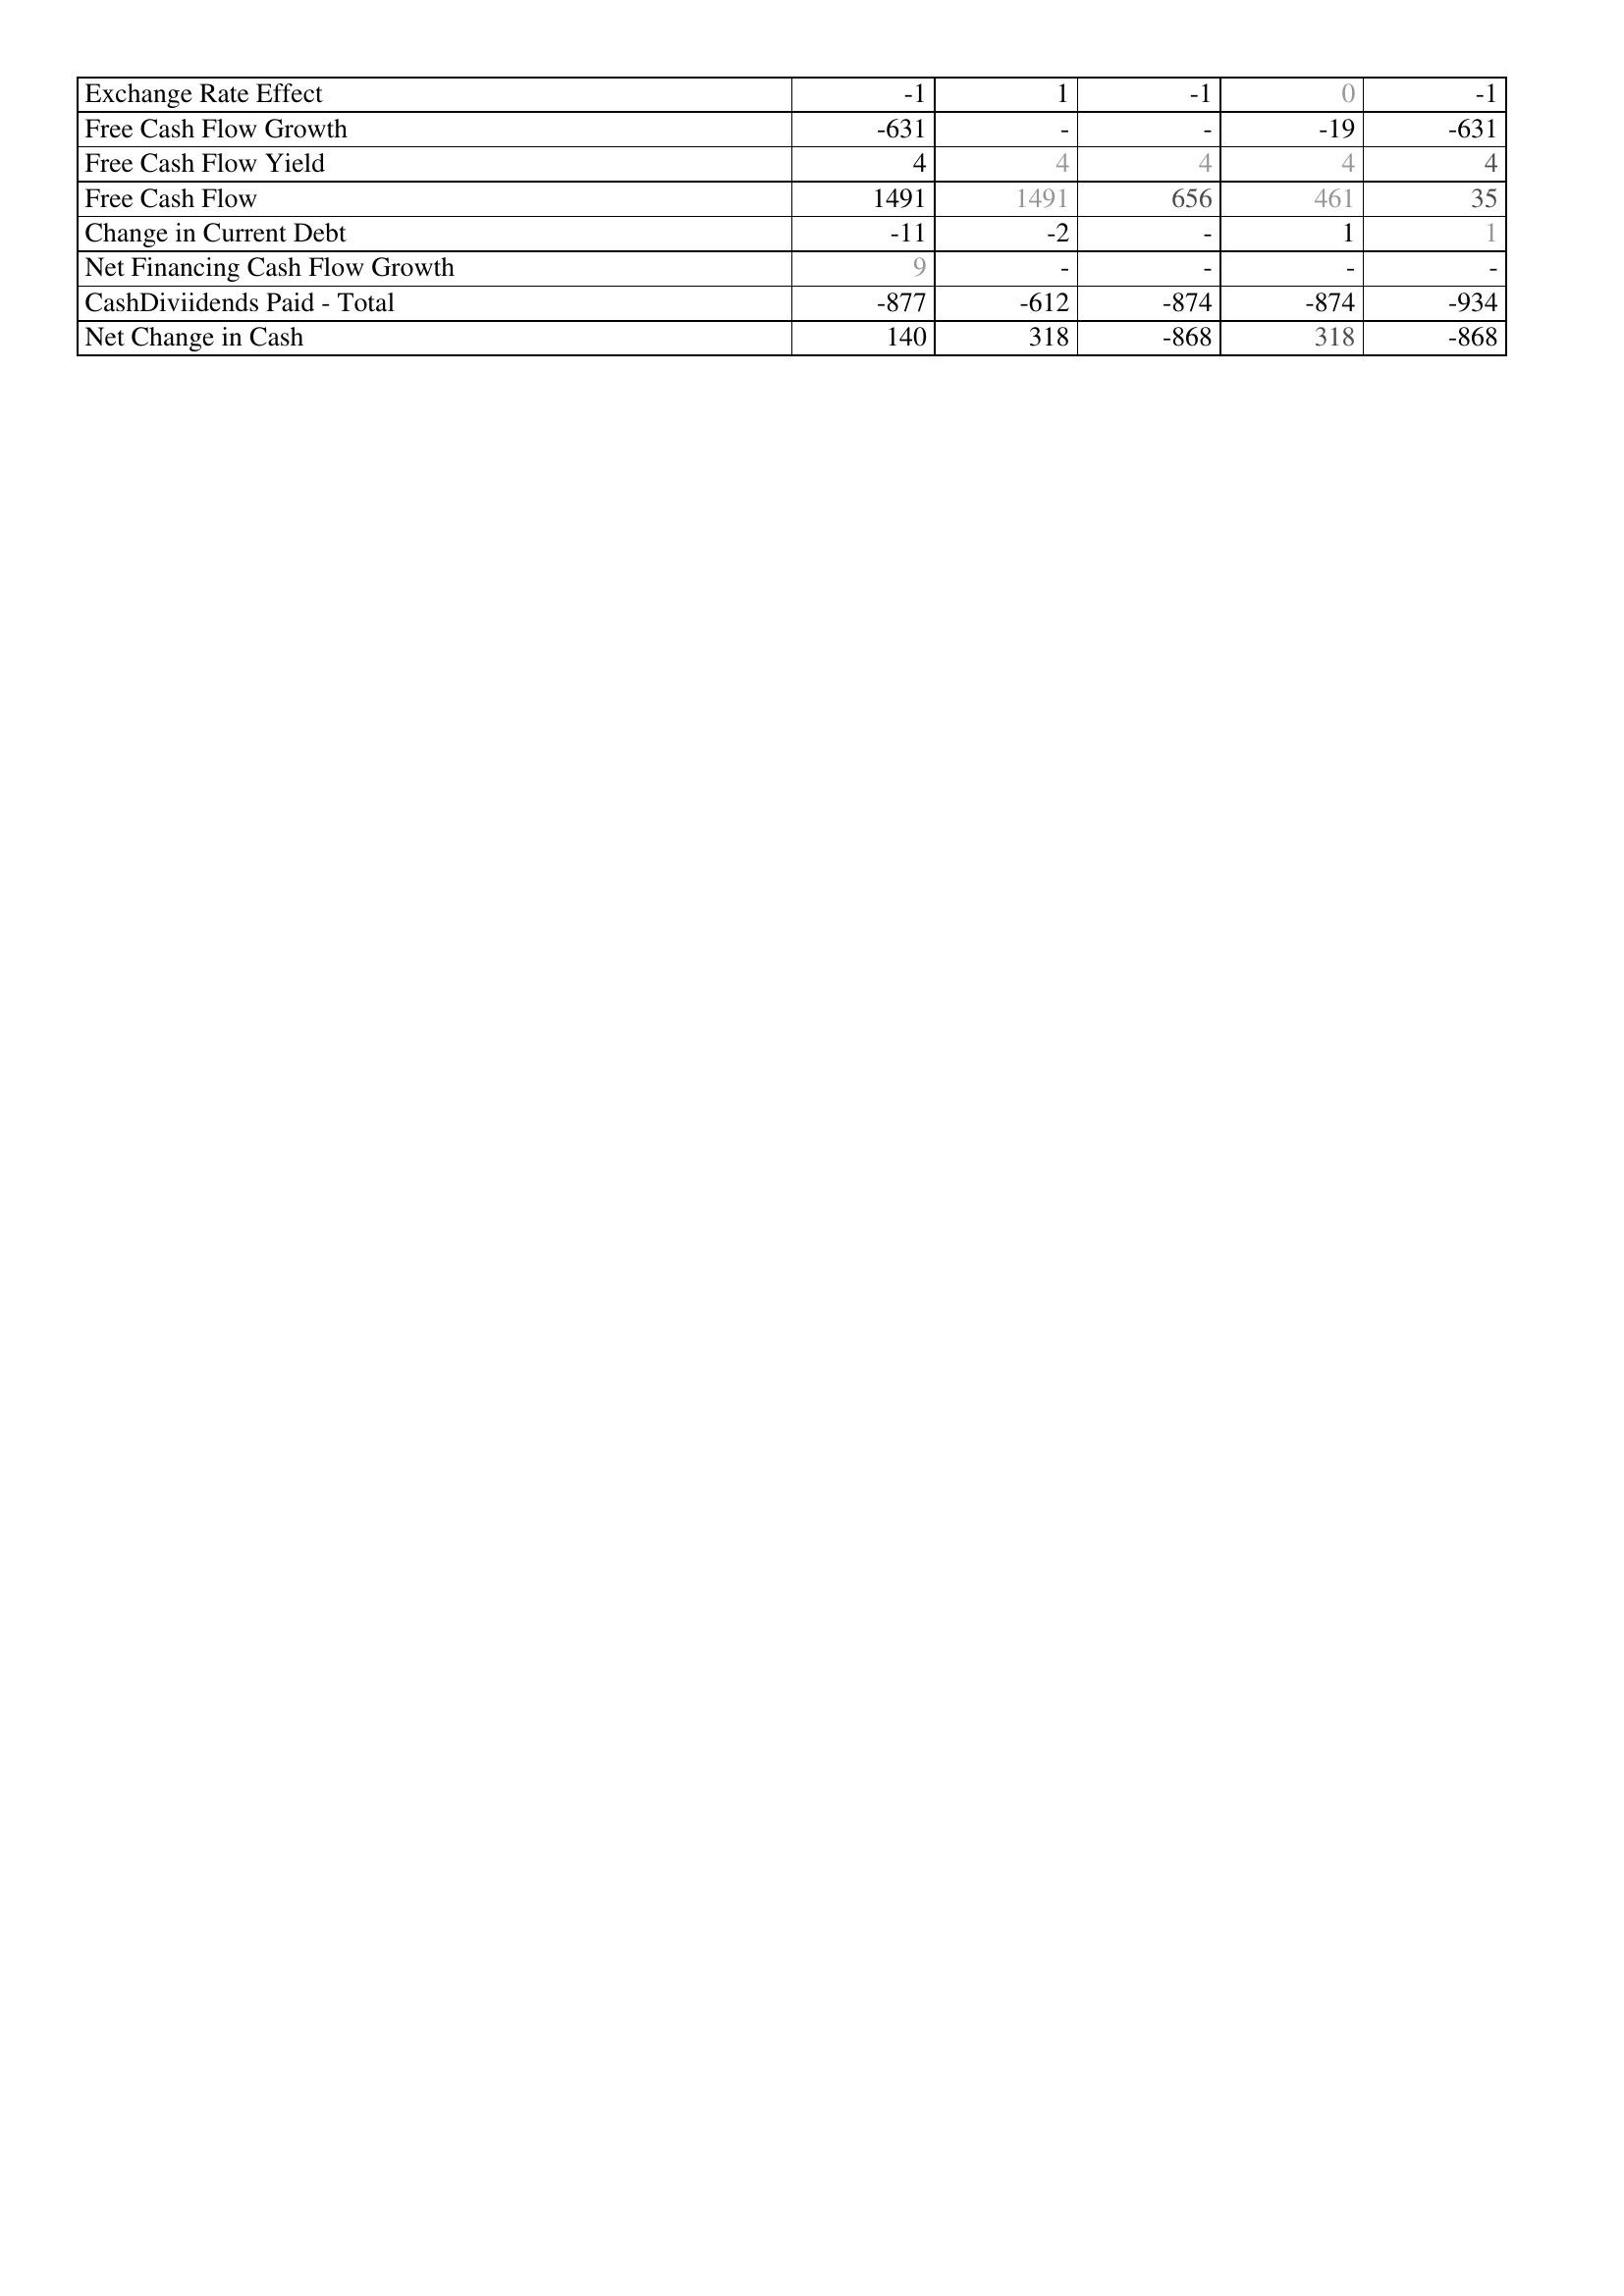
2003: Financing Activities: Exchange Rate Effect: -1
Free Cash Flow Growth: -631
Free Cash Flow Yield: 4
Free Cash Flow: 1491
Change in Current Debt: -11
Net Financing Cash Flow Growth: 9
CashDiviidends Paid - Total: -877
Net Change in Cash: 140
2002: Financing Activities: Exchange Rate Effect: 1
Free Cash Flow Growth: -
Free Cash Flow Yield: 4
Free Cash Flow: 1491
Change in Current Debt: -2
Net Financing Cash Flow Growth: -
CashDiviidends Paid - Total: -612
Net Change in Cash: 318
2001: Financing Activities: Exchange Rate Effect: -1
Free Cash Flow Growth: -
Free Cash Flow Yield: 4
Free Cash Flow: 656
Change in Current Debt: -
Net Financing Cash Flow Growth: -
CashDiviidends Paid - Total: -874
Net Change in Cash: -868
2000: Financing Activities: Exchange Rate Effect: 0
Free Cash Flow Growth: -19
Free Cash Flow Yield: 4
Free Cash Flow: 461
Change in Current Debt: 1
Net Financing Cash Flow Growth: -
CashDiviidends Paid - Total: -874
Net Change in Cash: 318
1999: Financing Activities: Exchange Rate Effect: -1
Free Cash Flow Growth: -631
Free Cash Flow Yield: 4
Free Cash Flow: 35
Change in Current Debt: 1
Net Financing Cash Flow Growth: -
CashDiviidends Paid - Total: -934
Net Change in Cash: -868